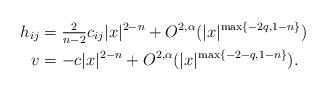
LaTeX: \begin{align*}h_{ij} &= \tfrac{2}{n-2} c_{ij} |x|^{2-n} + O^{2,\alpha}(|x|^{\max\{-2q, 1-n \}})\\v &= -c |x|^{2-n} + O^{2,\alpha}(|x|^{\max\{-2-q, 1-n \}}).\end{align*}